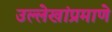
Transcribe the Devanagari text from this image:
उल्लेखांप्रमाणे